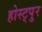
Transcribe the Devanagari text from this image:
होस्ट्पुर